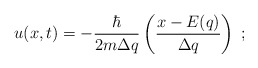
\begin{align*}u(x,t)=-\frac{\hbar}{2m\Delta q}\left( \frac{x-E(q)}{\Delta q}\right) \; ;\end{align*}